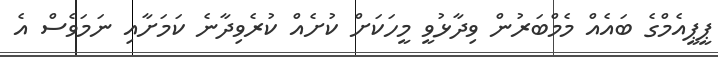
ޕީޕީއެމްގެ ބައެއް މެމްބަރުން ވިދާޅުވީ މީހަކަށް ކުށެއް ކުރެވިދާނެ ކަމަށާއި ނަމަވެސް އެ